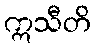
ဣသီတိ